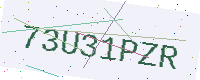
Text: 73U31PZR